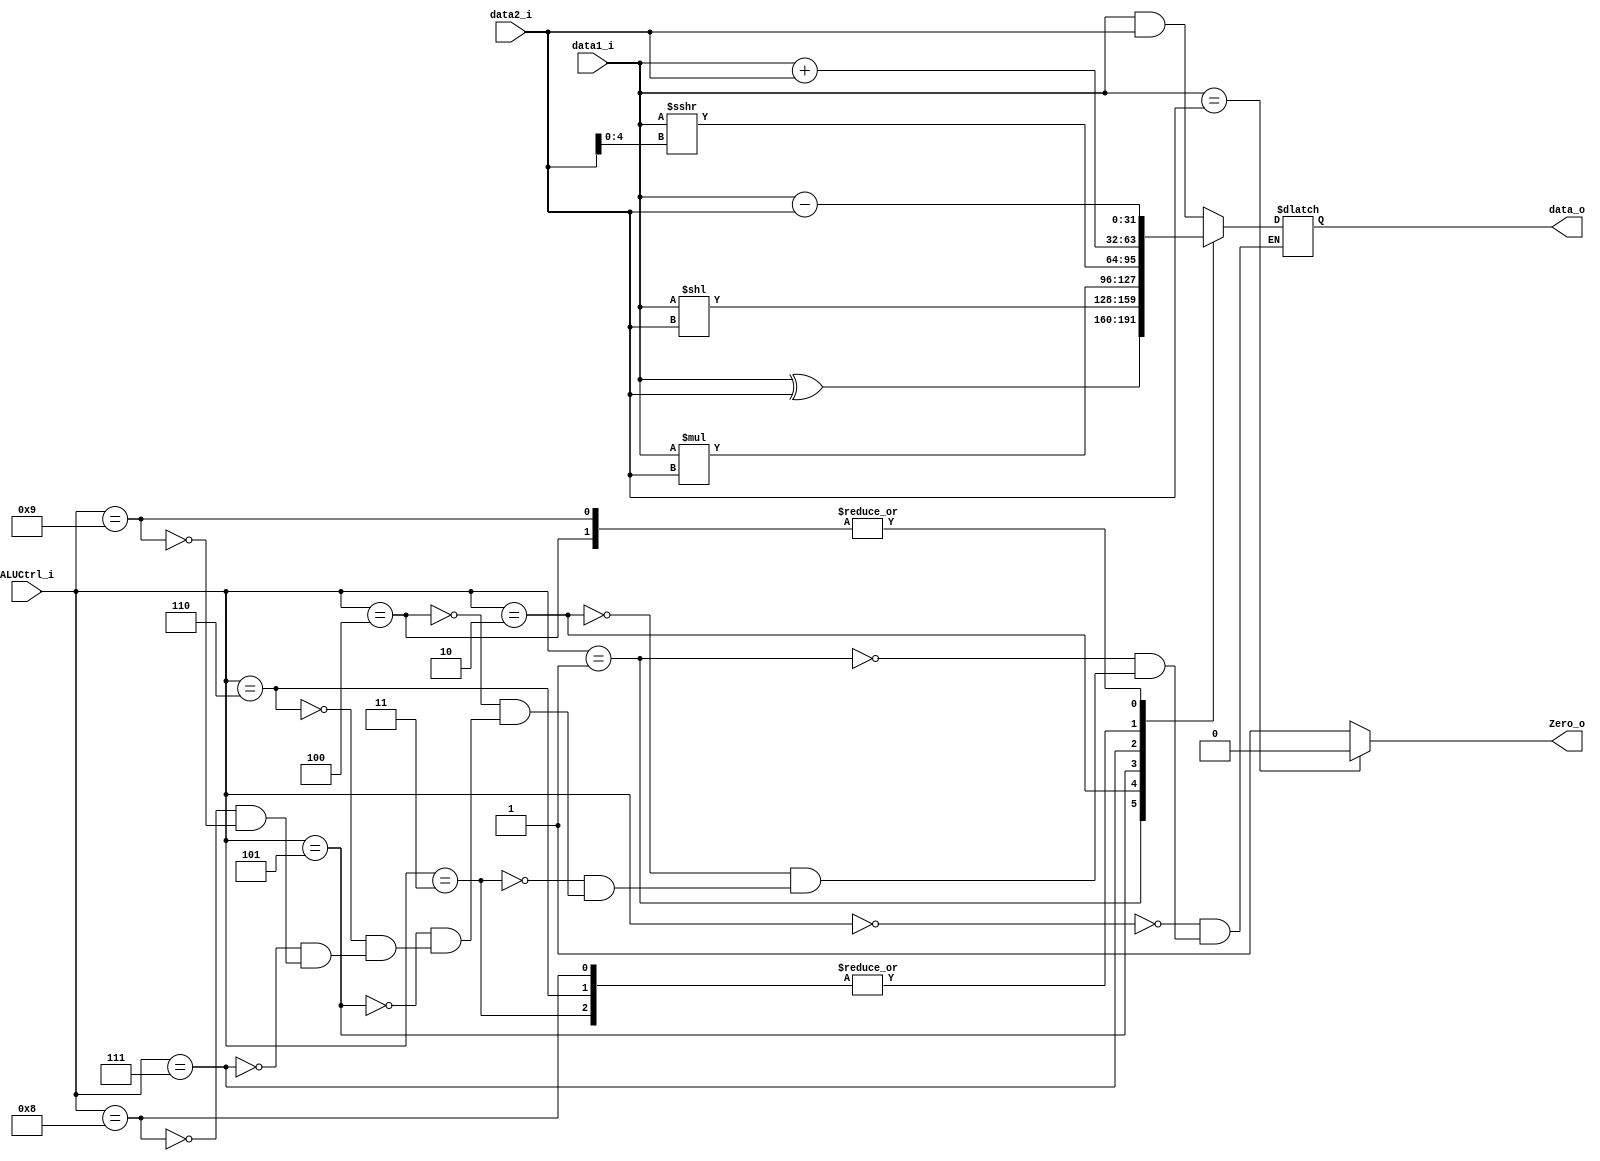
module ALU(
    data1_i,
    data2_i,
    ALUCtrl_i,
    data_o,
    Zero_o
);

input signed [31:0] data1_i,data2_i;
input [3:0] ALUCtrl_i;
output [31:0] data_o;
output Zero_o;

reg [31:0] data_o;

assign Zero_o=(data1_i==data2_i)? 0:1;

always @(data1_i or data2_i or ALUCtrl_i)begin
    case(ALUCtrl_i)
        4'b0000: data_o=data1_i&data2_i;
        4'b0001: data_o=data1_i^data2_i;
        4'b0010: data_o=data1_i<<data2_i;
        4'b0011: data_o=data1_i+data2_i;
        4'b0100: data_o=data1_i-data2_i;
        4'b0101: data_o=data1_i*data2_i;
        4'b0110: data_o=data1_i+data2_i;
        4'b0111: data_o=data1_i>>>data2_i[4:0];
        4'b1000: data_o=data1_i+data2_i;
        4'b1001: data_o=data1_i-data2_i;
    endcase
end

// assign data_o=(ALUCtrl_i==3'b000)? data1_i&data2_i:
//             (ALUCtrl_i==3'b001)? data1_i^data2_i:
//             (ALUCtrl_i==3'b010)? data1_i<<data2_i:
//             (ALUCtrl_i==3'b011)? data1_i+data2_i:
//             (ALUCtrl_i==3'b100)? data1_i-data2_i:
//             (ALUCtrl_i==3'b101)? data1_i*data2_i:
//             (ALUCtrl_i==3'b111)? $signed(data1_i)>>>data2_i[4:0]:
//             data1_i+data2_i;
    
endmodule